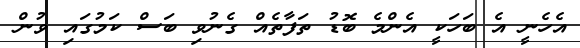
އެހެނީ އެ ބަހަކީ އެންމެ ބޮޑު ތަފާތެއް ގެނުވި ބަސް ކަމުގައި ވުން